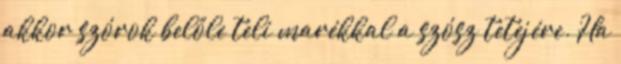
akkor szórok belőle teli marékkal a szósz tetejére. Ha